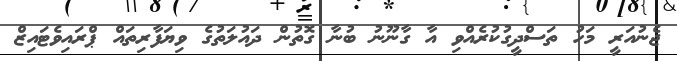
ޖެނުއަރީ މަހު ތަސްދީގުކުރެއްވި އާ ގާނޫނު ބުނާ ގޮތުން ދައުލަތުގެ ވިޔަފާރިތައް ޕްރައިވެޓައިޒް